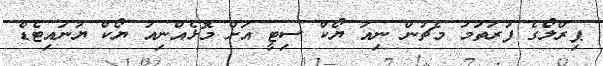
ޕިރްލޯގެ ފުރަތަމަ މެޗުން ނިއު ޔޯކް ސިޓީ އަށް މޮޅެއްނިއު ޔޯކް ޔުނައިޓެޑް